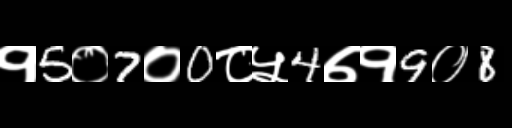
Text: १5०7०0८५4७१9०8